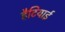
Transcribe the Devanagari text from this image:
हैटियाई